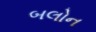
બલોન